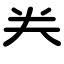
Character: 龹